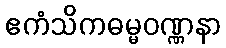
ဧကံသိကဓမ္မဝဏ္ဏနာ